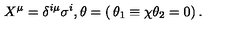
X ^ { \mu } = \delta ^ { i \mu } \sigma ^ { i } , \theta = \left( \begin{matrix} { \theta _ { 1 } \equiv \chi } \\ { \theta _ { 2 } = 0 } \\ \end{matrix} \right) .